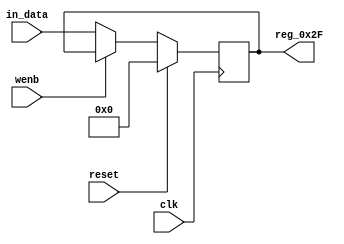
module r_RECEIVE_DETECT(output reg [7:0] reg_0x2F, input wire reset, input wire wenb, input wire [7:0] in_data, input wire clk);
	always@(posedge clk)
	begin
		if(reset==0) begin
			if(wenb==0)
				reg_0x2F<=in_data;
			else
				reg_0x2F<=reg_0x2F;
		end
		else
			reg_0x2F<=8'h00;
	end
endmodule